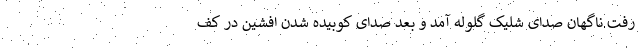
رفت.ناگهان صدای شلیک گلوله آمد و بعد صدای کوبیده شدن افشین در کف